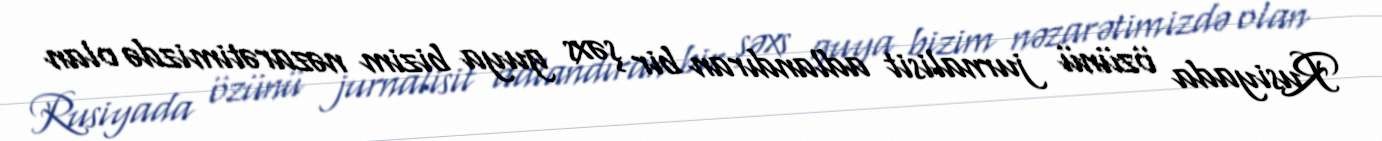
Rusiyada özünü jurnalisit adlandıran bir şəxs guya bizim nəzarətimizdə olan